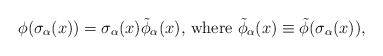
\begin{align*}\phi( \sigma_{\alpha}(x)) = \sigma_{\alpha}(x)\tilde{\phi}_{\alpha}(x), \,\mbox{where } \tilde{\phi}_{\alpha}(x)\equiv \tilde{\phi}(\sigma_{\alpha}(x)),\end{align*}